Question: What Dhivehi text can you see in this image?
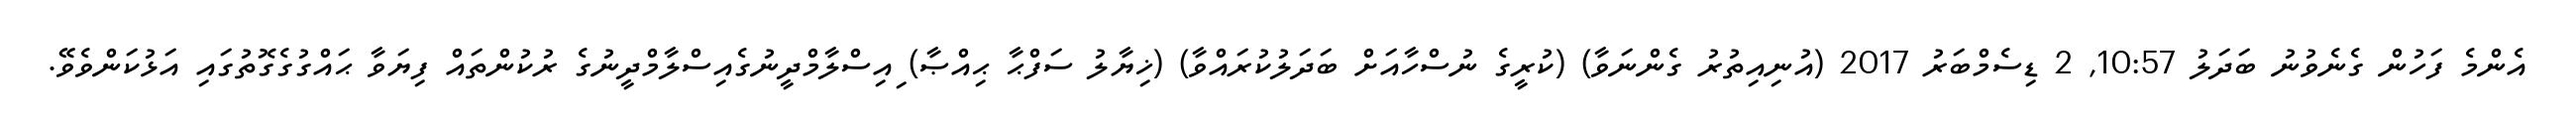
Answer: އެންމެ ފަހުން ގެނެވުނު ބަދަލު 10:57, 2 ޑިސެމްބަރު 2017 (އުނިއިތުރު ގެންނަވާ) (ކުރީގެ ނުސްހާއަށް ބަދަލުކުރައްވާ) (ޚިޔާލު ސަފްޙާ ޙިއްޞާ) ިއިސްލާމްދީނުގެއިސްލާމްދީނުގެ ރުކުންތައް ފިޔަވާ ޙައްގުގެގޮތުގައި އަޅުކަންވެވޭ.